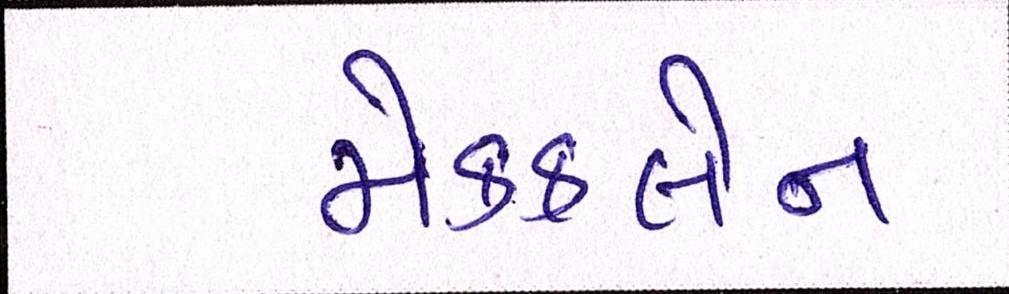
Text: મેકક્લેન